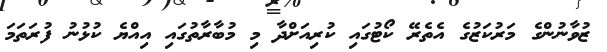
ޒުވާނުންގެ މަރުކަޒުގެ އެތެރޭ ކޯޓުގައި ކުރިއަށްދާ މި މުބާރާތުގައި އިއްޔެ ކުޅުނު ފުރަތަމަ